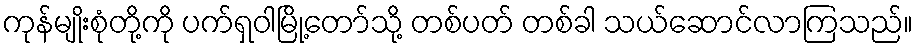
ကုန်မျိုးစုံတို့ကို ပက်ရှဝါမြို့တော်သို့ တစ်ပတ် တစ်ခါ သယ်ဆောင်လာကြသည်။